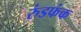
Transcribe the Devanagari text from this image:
रुंडफंक